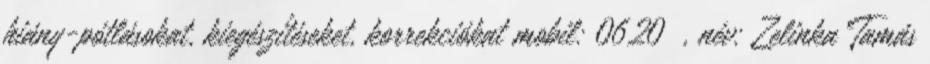
hiány-pótlásokat, kiegészítéseket, korrekciókat mobil: 0620 , név: Zelinka Tamás